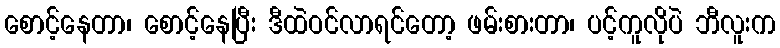
စောင့်နေတာ၊ စောင့်နေပြီး ဒီထဲဝင်လာရင်တော့ ဖမ်းစားတာ၊ ပင့်ကူလိုပဲ ဘီလူးက